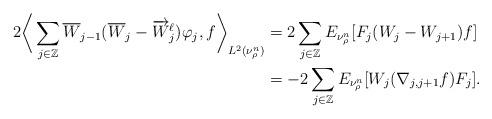
LaTeX: \begin{align*}\begin{aligned} 2 \bigg\langle \sum_{ j \in \mathbb{Z} } \overline{ W }_{ j - 1 } ( \overline{W}_j - \overrightarrow{W}^\ell_j ) \varphi_j , f \bigg\rangle_{ L^2 (\nu^n_\rho ) } &= 2 \sum_{ j \in \mathbb{Z} } E_{ \nu^n_\rho } [ F_j ( W_j - W_{ j + 1 } ) f ] \\& = - 2 \sum_{ j \in \mathbb{Z} } E_{ \nu^n_\rho } [ W_j (\nabla_{ j , j + 1 } f ) F_j ] . \end{aligned}\end{align*}